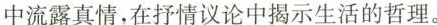
中流露真情，在抒情议论中揭示生活的哲理。